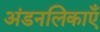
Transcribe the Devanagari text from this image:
अंडनलिकाएँ